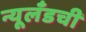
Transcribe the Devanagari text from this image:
न्यूलँडची